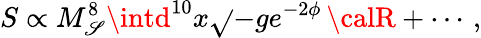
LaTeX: S\propto{M_{\mathscr{S}}^{8}}\intd^{10}x\sqrt{}{{-g}}e^{-2\phi}\, {\calR}+\cdots\, ,